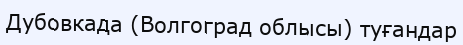
Дубовкада (Волгоград облысы) туғандар